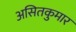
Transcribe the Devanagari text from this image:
असितकुमार